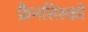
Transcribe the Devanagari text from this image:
फ्रैनसिस्को